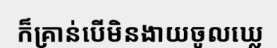
ក៏គ្រាន់បើមិនងាយចូលឃ្លេ